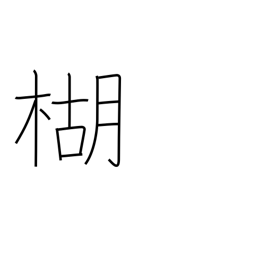
Meaning: pepper